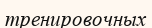
тренировочных